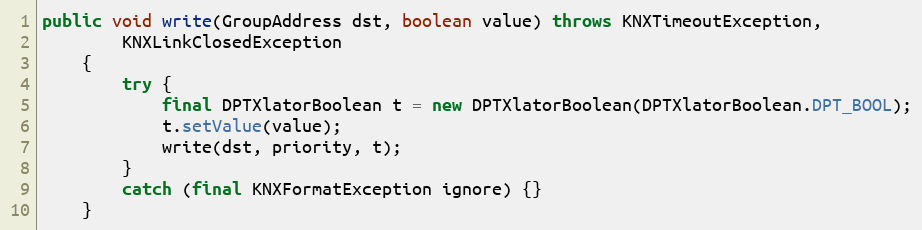
Language: Java
public void write(GroupAddress dst, boolean value) throws KNXTimeoutException,
		KNXLinkClosedException
	{
		try {
			final DPTXlatorBoolean t = new DPTXlatorBoolean(DPTXlatorBoolean.DPT_BOOL);
			t.setValue(value);
			write(dst, priority, t);
		}
		catch (final KNXFormatException ignore) {}
	}